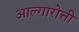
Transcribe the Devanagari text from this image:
आल्गारोत्ती